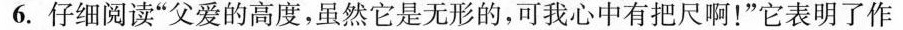
6.仔细阅读“父爱的高度，虽然它是无形的。可我心中有把尺啊！”它表明了作